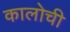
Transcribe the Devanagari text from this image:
कालोची